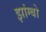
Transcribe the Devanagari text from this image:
झांग्बो